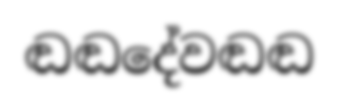
ඬඬදේවඬඬ